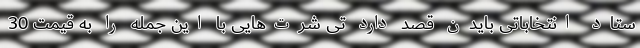
ستاد انتخاباتی بایدن قصد دارد تی شرت‌هایی با این جمله را به قیمت 30